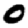
Digit: 0